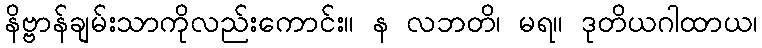
နိဗ္ဗာန်ချမ်းသာကိုလည်းကောင်း။ န လဘတိ၊ မရ။ ဒုတိယဂါထာယ၊